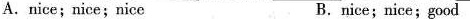
A.nice;nice; nice B.nice;nice;good